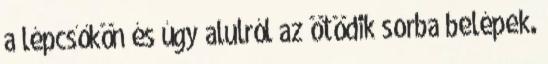
a lépcsőkön és úgy alulról az ötödik sorba belépek.